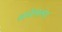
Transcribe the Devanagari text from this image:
असेलल्या